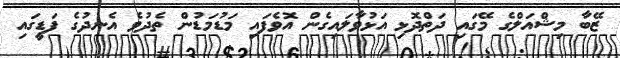
ޒޭބާ މިޝްއަލްގެ މޭގައި ދަތްދޮޅި އަޅުވާލައިގެން އޮވެފައި މަޑުމަޑުން ތެދުވެ އެނދުގެ ފަޑީގައި